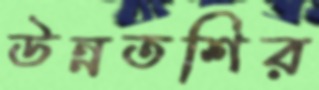
উন্নতশির